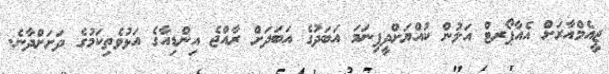
ޖީއެމްއާރަށް އެއާޕޯރޓް އަލުން ކުއްޔަށްދީފިނަމަ އަބަދުގެ އަބަދަށް ރާއްޖެ އިންޑިއާގެ އަޅުވެތިކަމުގެ ދަށަށްދާނެ.